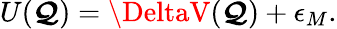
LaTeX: U(\boldsymbol{\mathcal{Q}})=\DeltaV(\boldsymbol{\mathcal{Q}})+\epsilon_{M}.